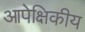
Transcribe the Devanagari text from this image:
आपेक्षिकीय